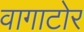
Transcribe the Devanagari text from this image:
वागाटोर